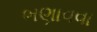
ભણાવવા